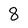
Character: 8